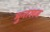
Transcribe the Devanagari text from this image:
मुन्तखब